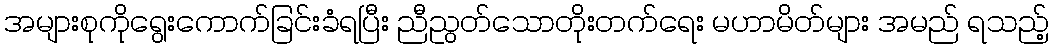
အများစုကိုရွေးကောက်ခြင်းခံရပြီး ညီညွတ်သောတိုးတက်ရေး မဟာမိတ်များ အမည် ရသည့်